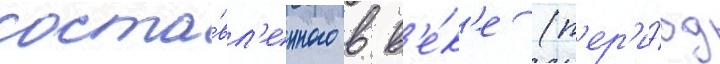
соста́вл'енного в в'е́к'е (п'ер'и́од